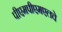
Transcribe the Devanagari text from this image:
पीएमपीएमएलचे